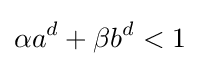
\alpha a^{d}+\beta b^{d}<1